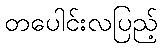
တပေါင်းလပြည့်